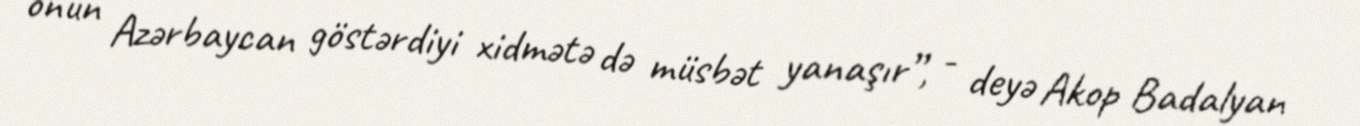
onun Azərbaycan göstərdiyi xidmətə də müsbət yanaşır”, - deyə Akop Badalyan